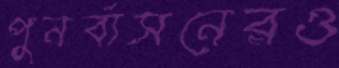
পুনর্বাসনেরও